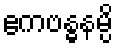
ဧကဗန္ဓနမ္ပိ